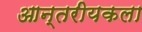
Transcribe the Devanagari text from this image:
आन्तरीयकला